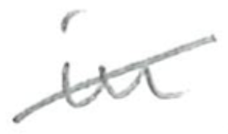
Text: in
Cross-out: diagonal
Writing tool: pencil